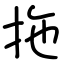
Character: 拖